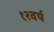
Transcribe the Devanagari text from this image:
१२वर्ष